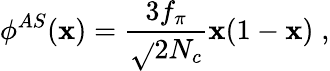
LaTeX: \phi^{AS}(\mathbf{x})=\frac{{3f_{\pi}}}{{\sqrt{}{{2N_{c}}}}}\mathbf{x}(1-\mathbf{x})\; ,